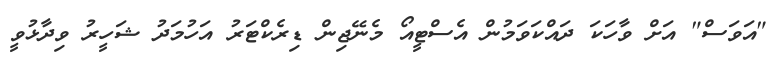
"އަވަސް" އަށް ވާހަކަ ދައްކަވަމުން އެސްޓީއޯ މެނޭޖިން ޑިރެކްޓަރު އަހުމަދު ޝަހީރު ވިދާޅުވީ